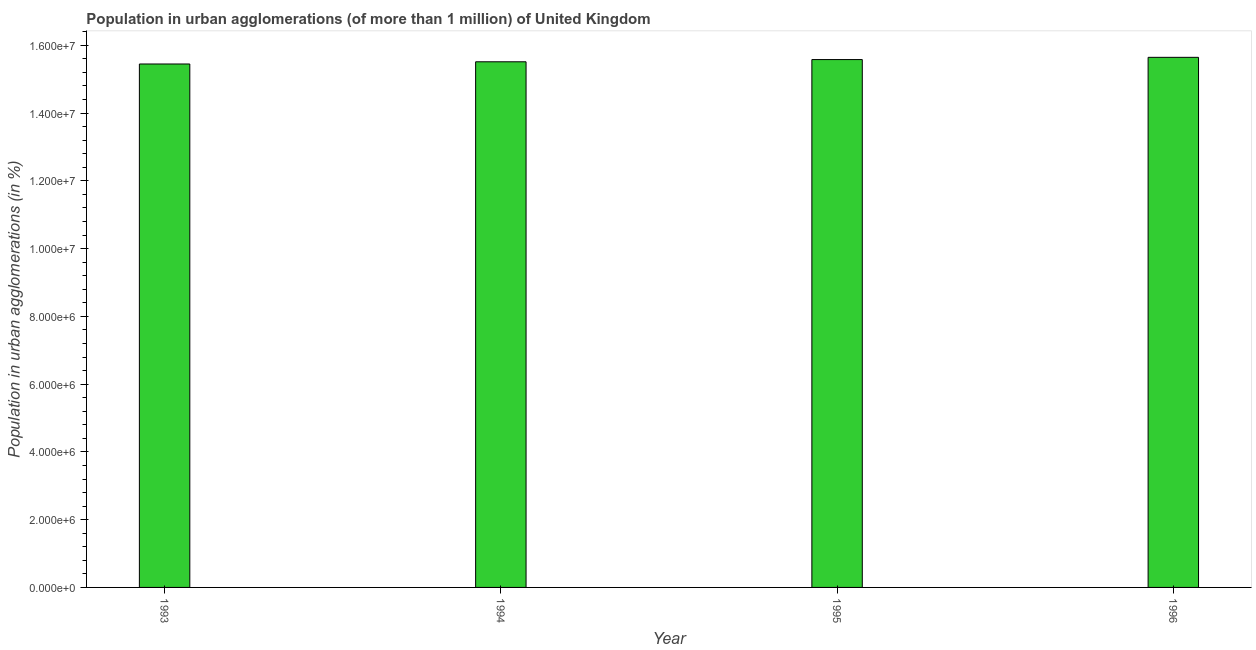
| Year | Population in urban agglomerations |
 | --- | --- |
 | 1993 | 1.54e+07 |
 | 1994 | 1.55e+07 |
 | 1995 | 1.56e+07 |
 | 1996 | 1.56e+07 |